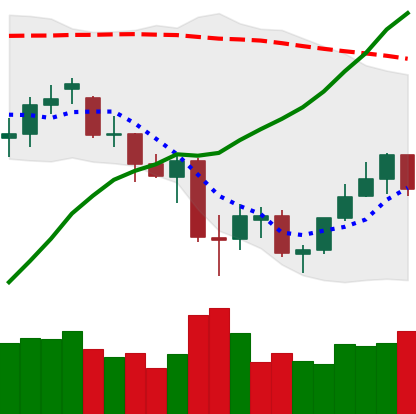
Ticker: ETH-USD
Chart end date: 2021-07-01
Forward return: 9.986%
Label: up_7plus